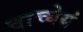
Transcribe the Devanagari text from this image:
वाच्येयं